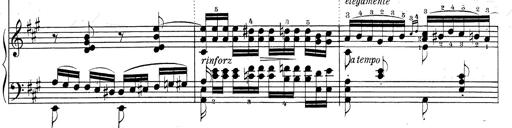
Title: RÃ©miniscences de Don Juan
Composer: Franz Liszt